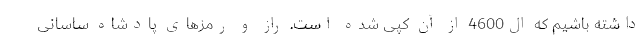
داشته باشیم که ال4600 از آن کپی شده است. راز و رمزهای پادشاه ساسانی